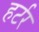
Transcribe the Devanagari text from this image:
हर्टर